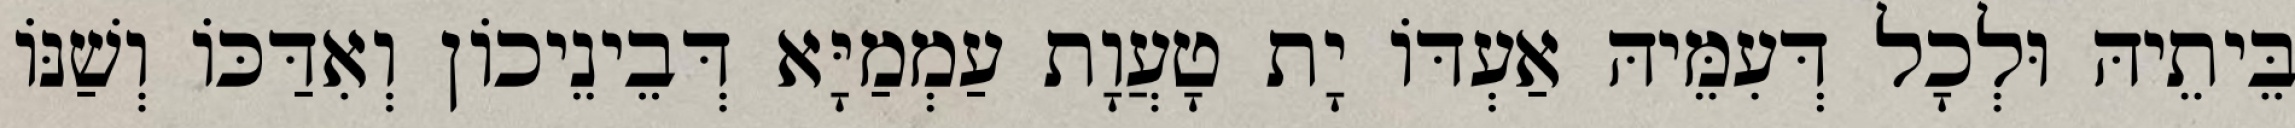
בֵּיתֵיהּ וּלְכָל דְּעִמֵּיהּ אַעְדּוֹ יָת טָעֲוָת עַמְמַיָּא דְּבֵינֵיכוֹן וְאִדַּכּוֹ וְשַׁנּוֹ